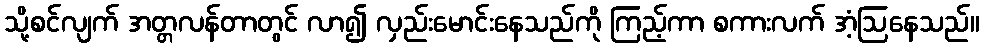
သို့စင်လျက် အတ္တလန်တာတွင် လာ၍ လှည်းမောင်းနေသည်ကို ကြည့်ကာ စကားလက် အံ့ဩနေသည်။